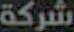
شركة